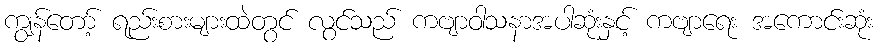
ကျွန်တော့် ရည်းစားများထဲတွင် လွင်သည် ကဗျာဝါသနာအပါဆုံးနှင့် ကဗျာရေး အကောင်းဆုံး